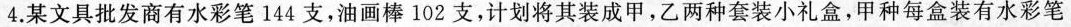
4.某文具批发商有水彩笔144支，油画棒102支，计划将其装成甲，乙两种套装小礼盒，甲种每盒装有水彩笔